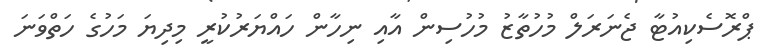
ޕްރޮސެކިއުޓާ ޖެނަރަލް މުހުތާޒު މުހުސިން އާއި ނިހާން ހައްޔަރުކުރީ މިދިޔަ މަހުގެ ހަތްވަނަ